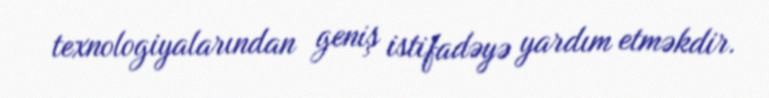
texnologiyalarından geniş istifadəyə yardım etməkdir.